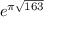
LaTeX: e ^ { \pi { \sqrt { 1 6 3 } } }